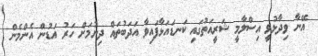
އޭނާ ވިދާޅުވީ އިސްލާމީ ޝަރީއަތުގައި ކަނޑައަޅާފައިވާ އަދަބުތައް ދިނުމަށް ހަރު އަޑުން އެންމެން